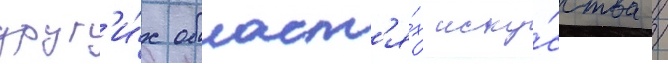
друг'и́х област'я́х иску́сства /